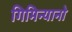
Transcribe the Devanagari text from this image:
गिमिन्यानो